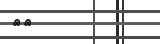
٣٨